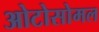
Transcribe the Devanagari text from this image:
ओटोसोमल